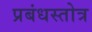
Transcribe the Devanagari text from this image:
प्रबंधस्तोत्र